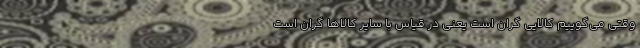
وقتی می‌گوییم کالایی گران است یعنی در قیاس با سایر کالاها گران است